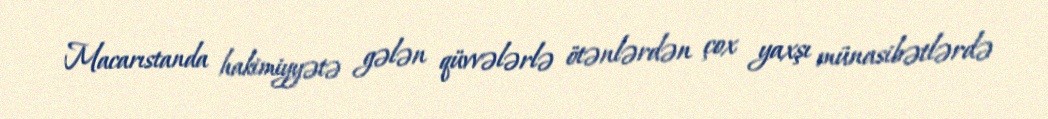
Macarıstanda hakimiyyətə gələn qüvvələrlə ötənlərdən çox yaxşı münasibətlərdə